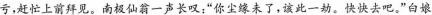
亏，赶忙上前拜见。南极仙翁一声长叹：”你尘缘未了，该此一劫。快快去吧。“白娘子